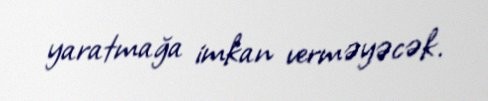
yaratmağa imkan verməyəcək.